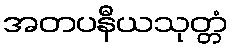
အတပနီယသုတ္တံ